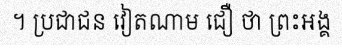
។ ប្រជាជន វៀតណាម ជឿ ថា ព្រះអង្គ